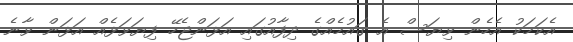
އެކަމަކު އެހެން ވިޔަސް އެ ގައުމެއްގެ ދިފާއުގައި އަޅަންޖެހޭ ފިޔަވަޅެއް އަޅަން ވާނެ